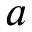
a